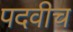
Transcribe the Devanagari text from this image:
पदवीच